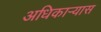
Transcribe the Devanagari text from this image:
अधिकार्‍यास